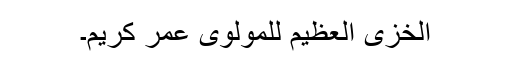
الخزی العظیم للمولوی عمر کریم۔